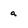
Character: a